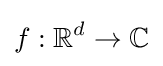
f:\mathbb {R} ^{d}\to \mathbb {C}